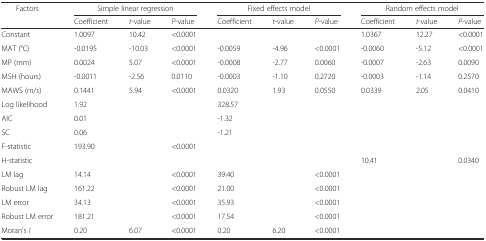
<table><thead><tr><td rowspan="2"><b>Factors</b></td><td colspan="3"><b>Simple linear regression</b></td><td colspan="3"><b>Fixed effects model</b></td><td colspan="3"><b>Random effects model</b></td></tr><tr><td><b>Coefficient</b></td><td><b><i>t</i>-value</b></td><td><b><i>P</i>-value</b></td><td><b>Coefficient</b></td><td><b><i>t</i>-value</b></td><td><b><i>P</i>-value</b></td><td><b>Coefficient</b></td><td><b><i>t</i>-value</b></td><td><b><i>P</i>-value</b></td></tr></thead><tbody><tr><td>Constant</td><td>1.0097</td><td>10.42</td><td>&lt;0.0001</td><td></td><td></td><td></td><td>1.0367</td><td>12.27</td><td>&lt;0.0001</td></tr><tr><td>MAT (°C)</td><td>-0.0195</td><td>-10.03</td><td>&lt;0.0001</td><td>-0.0059</td><td>-4.96</td><td>&lt;0.0001</td><td>-0.0060</td><td>-5.12</td><td>&lt;0.0001</td></tr><tr><td>MP (mm)</td><td>0.0024</td><td>5.07</td><td>&lt;0.0001</td><td>-0.0008</td><td>-2.77</td><td>0.0060</td><td>-0.0007</td><td>-2.63</td><td>0.0090</td></tr><tr><td>MSH (hours)</td><td>-0.0011</td><td>-2.56</td><td>0.0110</td><td>-0.0003</td><td>-1.10</td><td>0.2720</td><td>-0.0003</td><td>-1.14</td><td>0.2570</td></tr><tr><td>MAWS (m/s)</td><td>0.1441</td><td>5.94</td><td>&lt;0.0001</td><td>0.0320</td><td>1.93</td><td>0.0550</td><td>0.0339</td><td>2.05</td><td>0.0410</td></tr><tr><td>Log likelihood</td><td>1.92</td><td></td><td></td><td>328.57</td><td></td><td></td><td></td><td></td><td></td></tr><tr><td>AIC</td><td>0.01</td><td></td><td></td><td>-1.32</td><td></td><td></td><td></td><td></td><td></td></tr><tr><td>SC</td><td>0.06</td><td></td><td></td><td>-1.21</td><td></td><td></td><td></td><td></td><td></td></tr><tr><td>F-statistic</td><td>193.90</td><td></td><td>&lt;0.0001</td><td></td><td></td><td></td><td></td><td></td><td></td></tr><tr><td>H-statistic</td><td></td><td></td><td></td><td></td><td></td><td></td><td>10.41</td><td></td><td>0.0340</td></tr><tr><td>LM lag</td><td>14.14</td><td></td><td>&lt;0.0001</td><td>39.40</td><td></td><td>&lt;0.0001</td><td></td><td></td><td></td></tr><tr><td>Robust LM lag</td><td>161.22</td><td></td><td>&lt;0.0001</td><td>21.00</td><td></td><td>&lt;0.0001</td><td></td><td></td><td></td></tr><tr><td>LM error</td><td>34.13</td><td></td><td>&lt;0.0001</td><td>35.93</td><td></td><td>&lt;0.0001</td><td></td><td></td><td></td></tr><tr><td>Robust LM error</td><td>181.21</td><td></td><td>&lt;0.0001</td><td>17.54</td><td></td><td>&lt;0.0001</td><td></td><td></td><td></td></tr><tr><td>Moran’s <i>I</i></td><td>0.20</td><td>6.07</td><td>&lt;0.0001</td><td>0.20</td><td>6.20</td><td>&lt;0.0001</td><td></td><td></td><td></td></tr></tbody></table>